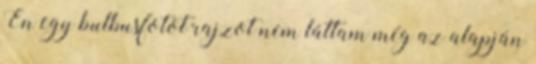
Én egy bulbusfotot rajzot nem láttam még az alapján